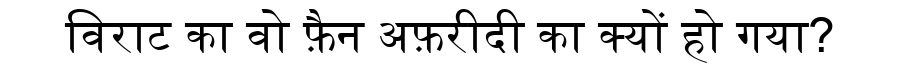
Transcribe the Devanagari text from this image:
विराट का वो फ़ैन अफ़रीदी का क्यों हो गया?